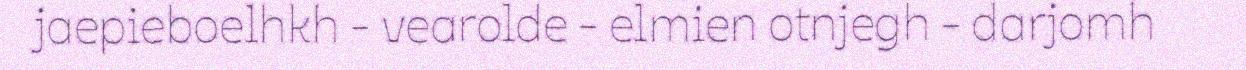
jaepieboelhkh - vearolde - elmien otnjegh - darjomh